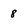
Character: 8